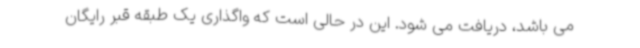
می باشد، دریافت می شود. این در حالی است که واگذاری یک طبقه قبر رایگان